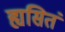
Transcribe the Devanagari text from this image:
ह्यसितं